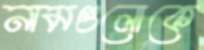
নামগুলোকে